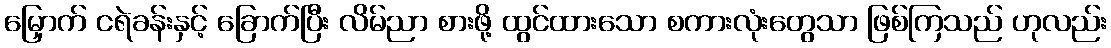
မြှောက် ငရဲခန်းနှင့် ခြောက်ပြီး လိမ်ညာ စားဖို့ ထွင်ထားသော စကားလုံးတွေသာ ဖြစ်ကြသည် ဟုလည်း